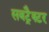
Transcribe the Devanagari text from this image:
सबट्रैक्टर